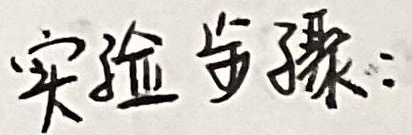
实验步骤：